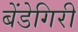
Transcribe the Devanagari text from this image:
बेंडेगिरी